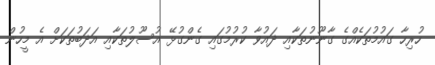
ހުރިހާ ގައުމުތަކެއްގެ ގާނޫނުތަކާއި ދައުވާ ކުރުމުގައި ގެންގުޅޭ އުސޫލުތަކާއި އަދަބުތަކަށް އެ މީހުން